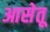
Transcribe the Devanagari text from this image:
आसेतू